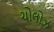
ચોલોઝ